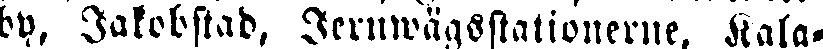
by, Jakobstad, Jernwägsstationerne, Kala-